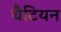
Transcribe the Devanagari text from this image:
चैटियन